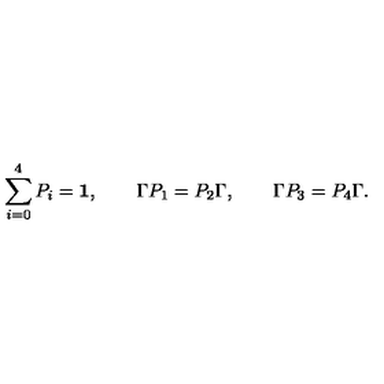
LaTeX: \sum _ { i = 0 } ^ { 4 } P _ { i } = { \bf 1 } , \qquad \Gamma P _ { 1 } = P _ { 2 } \Gamma , \qquad \Gamma P _ { 3 } = P _ { 4 } \Gamma .